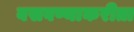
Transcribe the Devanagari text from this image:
बसवण्याकरीता